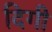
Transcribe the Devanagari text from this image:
दिगी